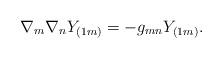
LaTeX: \begin{align*}\nabla_m \nabla_n Y_{(1m)} = -g_{mn} Y_{(1m)}.\end{align*}